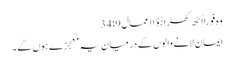
وہ فوراً اُٹھ کھڑا ہُؤا اعمال 9: 34
اِیمان لانے والوں کے درمیان یہ مُعجِزے ہوں گے۔